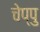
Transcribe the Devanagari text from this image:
चेप्पु